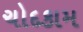
ચોદકામ